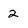
Character: 2